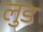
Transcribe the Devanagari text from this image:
लुड